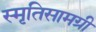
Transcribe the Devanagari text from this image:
स्मृतिसामग्री